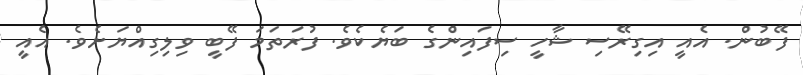
ފޭބުން. އެއީ އިގިރޭސި ޝާހީ ސިފައިންގެ ބަޔެކެވެ. ފުރަތަމަ ފޭބީ ވިލިގިއްޔަށެވެ. އެއީ